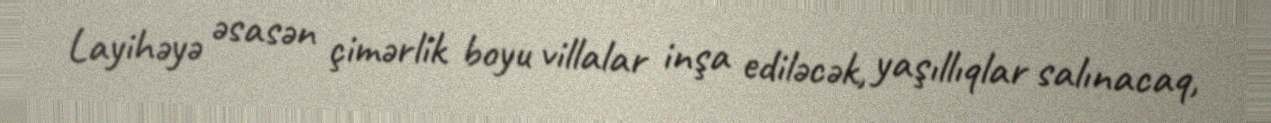
Layihəyə əsasən çimərlik boyu villalar inşa ediləcək, yaşıllıqlar salınacaq,